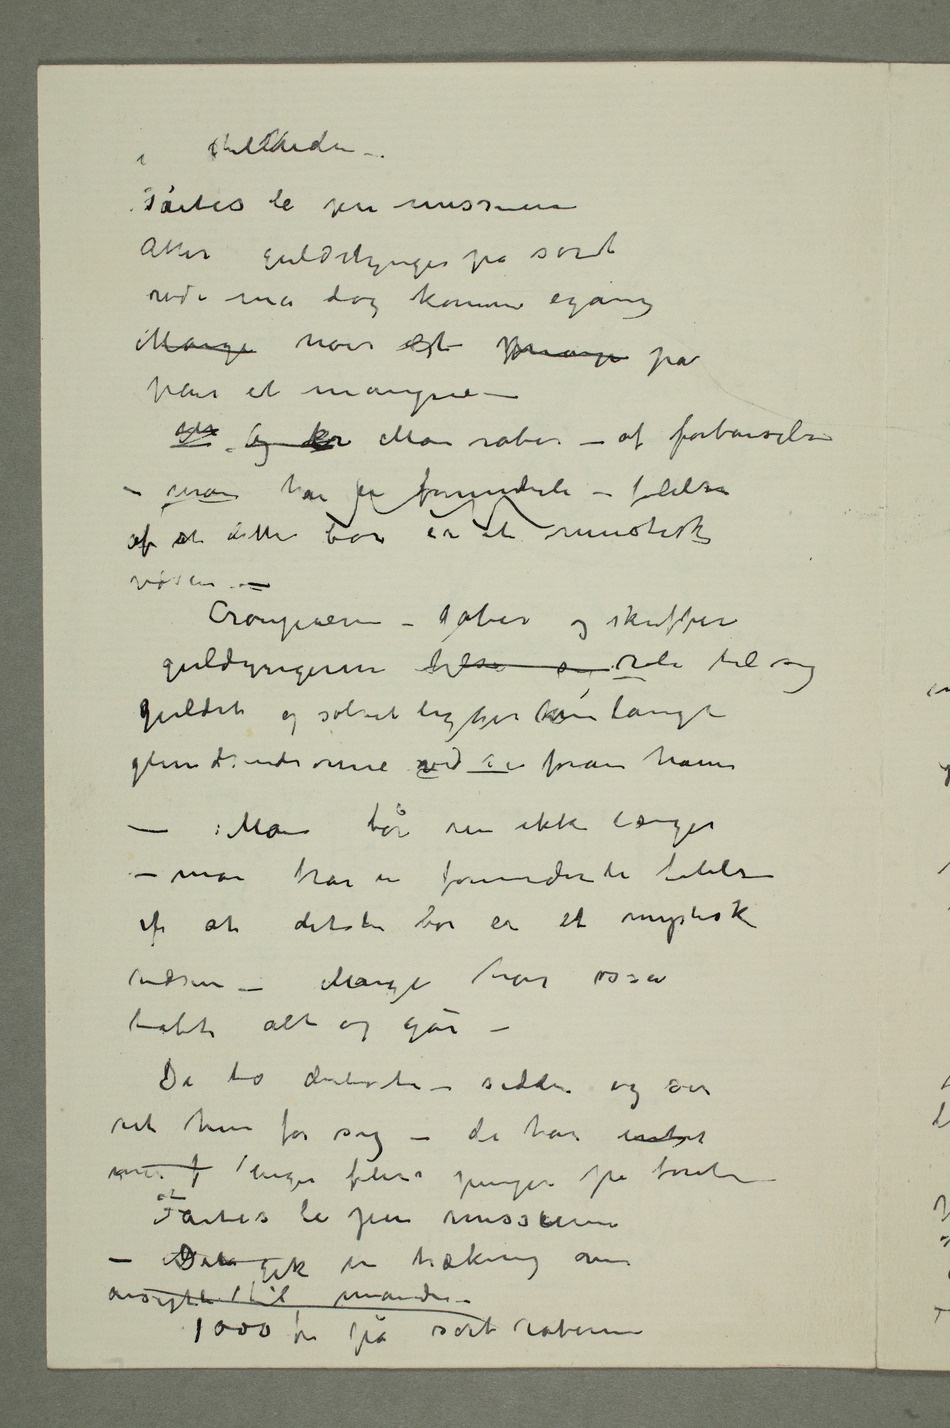
i stillheden –
Faites le jeu messieurs
Atter gulddynger på sort
rød – må dog komme igang
Mange noir est manque pas
peur et manque –
– man har en forunderli – følelse
af at dette bor er et mustisk
Croupieren – gaber og skuffer
guldyngerne til seg roli til sig
guldet og sølvet ligger som lange
glinsende orme ved si foran ham
– Man tør nu ikke længer
– man har en forunderli følelse
af at dette bor er et mystisk
tabt alt og går –
De to derborte – sidder og ser
de har intet
Faites le jeu messieurs –
Der gik en trækning over
ansigtet til manden –
1000 fr på sort robern